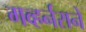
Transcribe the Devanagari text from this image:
गव्हर्नराने